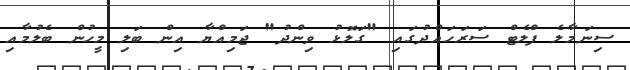
ސިނަމާލެ ފްލެޓް ސަރަހައްދުގައި "ގަލޮޅު ވިންދު" ޖަމިއްޔާ އިން ބަލި މީހުން ބެލުމާއި